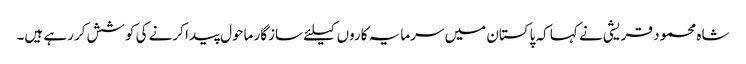
شاہ محمود قریشی نے کہا کہ پاکستان میں سرمایہ کاروں کیلئے سازگار ماحول پیدا کرنے کی کوشش کررہے ہیں۔